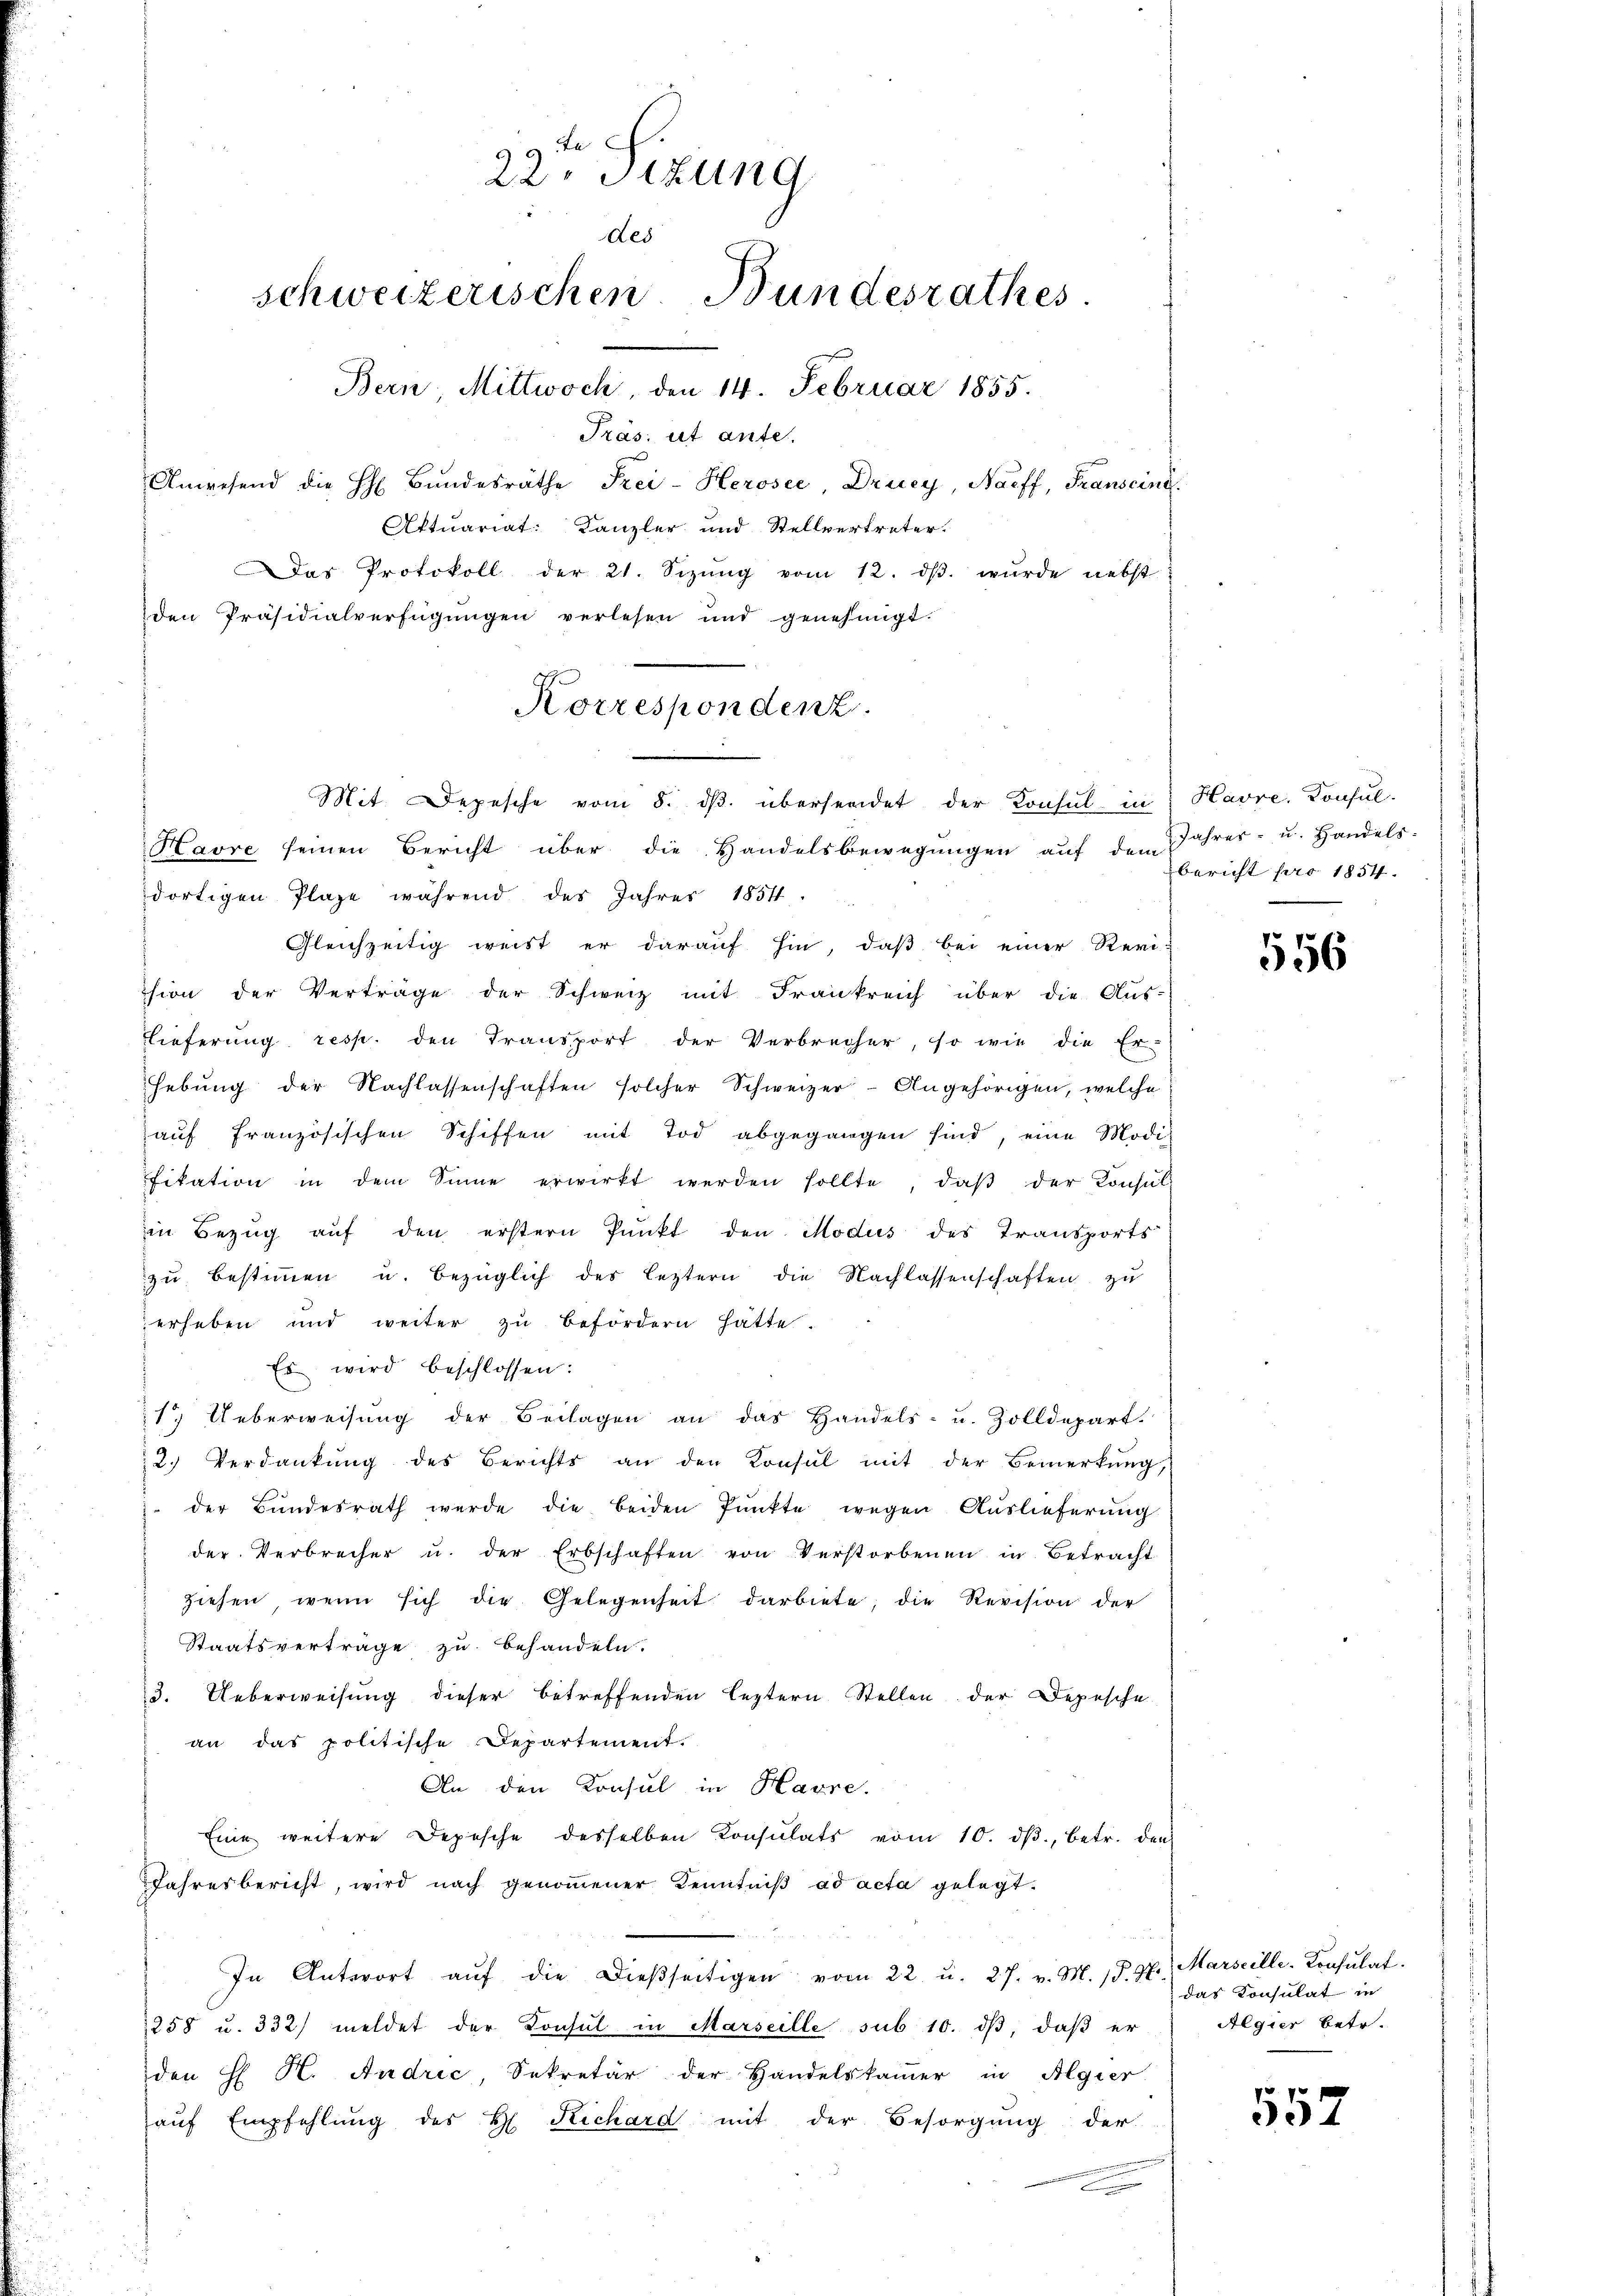
99 te
da Stzung
Les
schweizerischen Bundesrathes.
Bern. Mittwoch, den 14. Februar 1855.
Präs: ut ante.
Anwesend die H. Bŭndesräthe Frei-Herosee, Drucy, Naeff, Transcini
Aktuariat: Kanzler und Stellvertreter.

Das Protokoll der 21. Sizŭng vom 12. dβ. wŭrde nebst
den Präsidialverfügungen verlesen und genehmigt.

Korrespondenz.
Mit Depesche vom 8. dβ. übersendet der Konsul in Havre. Konsul-

Havre seinen Bericht über die Handelsbewegungen auf dem
dortigen Plaze während des Jahres 1854.
Gleichzeitig weist er darauf hin, daß bei einer Revi-
ssion der Verträge der Schweiz mit Frankreich über die Aus-
Lieferung resp. den Transport der Verbrecher, so wie die Er-
hebung der Nachlassenschaften solcher Schweizer-Angehörigen, welche
auf französischen Schiffen mit Tod abgegangen sind, eine Modi-
fitation in dem Sinne erwirkt werden sollte, daβ der Konsul
in Bezug auf den erstern Punkt den Modus des Transports
zu bestimmen u. bezüglich des leztern die Nachlassenschaften zu
erheben und weiter zu befördern hatte.
Es wird beschlossen:
1.) Ueberweisung der Beilagen an das Handels- u. Zolldepart.
2.) Verdankŭng des Berichts an den Konsul mit der Bemerkŭng,
 der Bundesrath werde die beiden Pŭnkte wegen Auslieferung
der Verbrecher u. der Erbschaften von Verstorbenen in Betracht
ziehen wenn sich die Gelegenheit darbiete, die Revision der
Staatsverträge zu behandeln.
3. Ueberweisŭng dieser betreffenden leztern Stellen der Depesche
an das politische Departement.
An den Krasul in Havre.
Eine weitere Depesche desselben Konsulats vom 10. dβ, betr. den
Jahresbericht, wird nach genommener Kenntniß ad acta gelegt.
h
In Antwort aŭf die dieβseitigen vom 22. u. 27. v. M. /. M.
1258 u. 332 meldet der Konsul in Marseille sub 10. dβ, daß er
den H. H. Andrić, Sekretär der Handelskammer in Algier
aŭf Empfehlŭng des H. Richard mit der Besorgŭng der

Jahres- u. Handels-
bericht pro 1854.

556

Marseille-Konsulat
das Konsulat in
Algier betr.

557